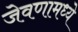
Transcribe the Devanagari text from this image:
जेवणामध्ये